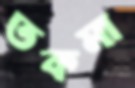
তকমা